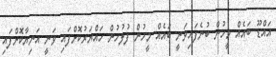
އައްޑޫ ބައެއް މީހުން ބުނެފައިވަނީ ބައެއް މީހުން ފުލުހުން ހައްޔަރުކޮށްފައި ވަނީ އަނިޔާކޮށްފައި